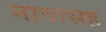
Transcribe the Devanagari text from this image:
नावासह